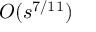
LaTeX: O ( s ^ { 7 / 1 1 } )